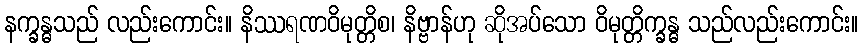
နက္ခန္ဓသည် လည်းကောင်း။ နိဿရဏဝိမုတ္တိစ၊ နိဗ္ဗာန်ဟု ဆိုအပ်သော ဝိမုတ္တိက္ခန္ဓ သည်လည်းကောင်း။